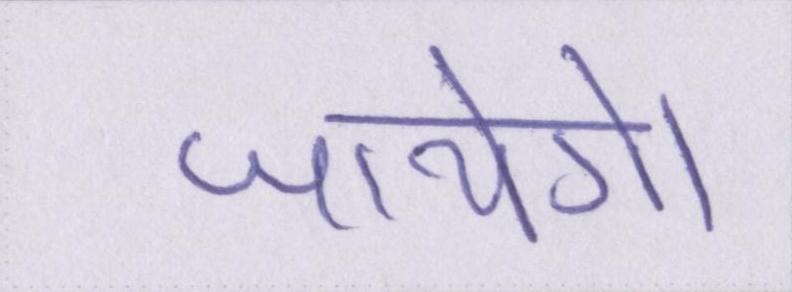
जायेगें।